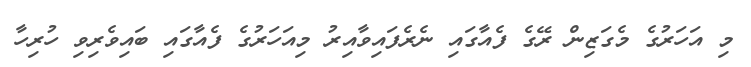
މި އަހަރުގެ މެގަޒިން ރޭގެ ފެއާގައި ނެރެފައިވާއިރު މިއަހަރުގެ ފެއާގައި ބައިވެރިވި ހުރިހާ